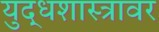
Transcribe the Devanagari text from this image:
युद्धशास्त्रावर